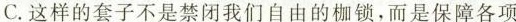
C.这样的套子不是禁闭我们自由的枷锁，而是保障各项